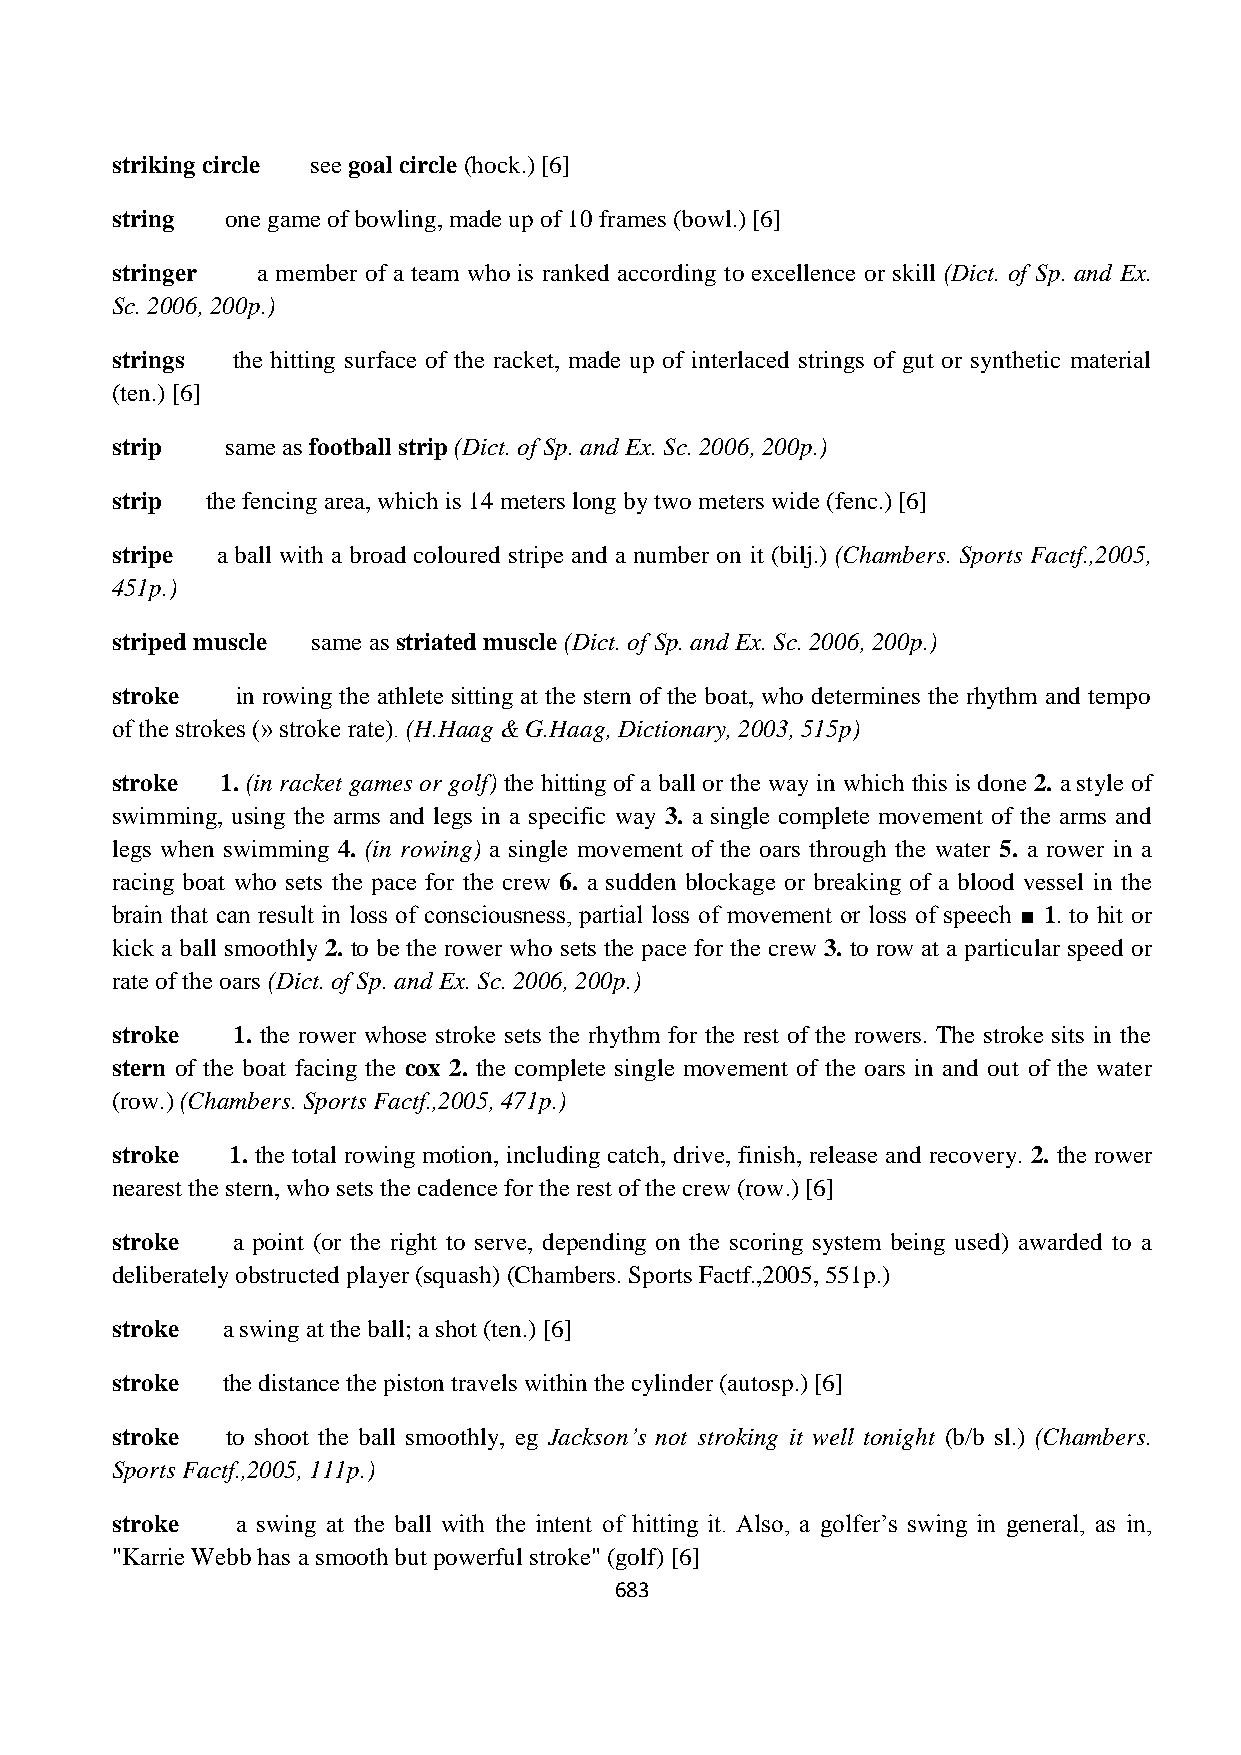
striking circle see goal circle (hock.) [6]
 string  one game of bowling, made up of 10 frames (bowl.) [6]
 stringer  a member of a team who is ranked according to excellence or skill (Dict. of Sp. and Ex.
 Sc. 2006, 200p.)
 strings the hitting surface of the racket, made up of interlaced strings of gut or synthetic material
 (ten.) [6]
 strip   same as football strip (Dict. of Sp. and Ex. Sc. 2006, 200p.)
 strip  the fencing area, which is 14 meters long by two meters wide (fenc.) [6]
 stripe a ball with a broad coloured stripe and a number on it (bilj.) (Chambers. Sports Factf.,2005,
 451p.)
 striped muscle same as striated muscle (Dict. of Sp. and Ex. Sc. 2006, 200p.)
 stroke   in rowing the athlete sitting at the stern of the boat, who determines the rhythm and tempo
 of the strokes (» stroke rate). (H.Haag & G.Haag, Dictionary, 2003, 515p)
 stroke  1. (in racket games or golf) the hitting of a ball or the way in which this is done 2. a style of
 swimming, using the arms and legs in a specific way 3. a single complete movement of the arms and
 legs when swimming 4. (in rowing) a single movement of the oars through the water 5. a rower in a
 racing boat who sets the pace for the crew 6. a sudden blockage or breaking of a blood vessel in the
 brain that can result in loss of consciousness, partial loss of movement or loss of speech ■ 1. to hit or
 kick a ball smoothly 2. to be the rower who sets the pace for the crew 3. to row at a particular speed or
 rate of the oars (Dict. of Sp. and Ex. Sc. 2006, 200p.)
 stroke  1. the rower whose stroke sets the rhythm for the rest of the rowers. The stroke sits in the
 stern of the boat facing the cox 2. the complete single movement of the oars in and out of the water
 (row.) (Chambers. Sports Factf.,2005, 471p.)
 stroke  1. the total rowing motion, including catch, drive, finish, release and recovery. 2. the rower
 nearest the stern, who sets the cadence for the rest of the crew (row.) [6]
 stroke  a point (or the right to serve, depending on the scoring system being used) awarded to a
 deliberately obstructed player (squash) (Chambers. Sports Factf.,2005, 551p.)
 stroke  a swing at the ball; a shot (ten.) [6]
 stroke  the distance the piston travels within the cylinder (autosp.) [6]
 stroke  to shoot the ball smoothly, eg Jackson’s not stroking it well tonight (b/b sl.) (Chambers.
 Sports Factf.,2005, 111p.)
 stroke   a swing at the ball with the intent of hitting it. Also, a golfer‟s swing in general, as in,
 "Karrie Webb has a smooth but powerful stroke" (golf) [6]
 683